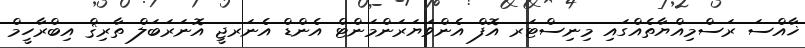
ޚާއްސަ ރަސްމިއްޔާތެއްގައި މިނިސްޓަރ އޮފް އެންވަޔަރަންމަންޓް އެންޑް އެނަރޖީ އޮނަރަބަލް ތާރިޤް އިބްރާހީމް